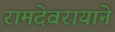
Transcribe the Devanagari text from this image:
रामदेवरायाने